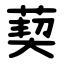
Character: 葜